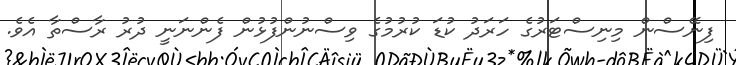
ފިނޭސްން މިނިސްޓަރުގެ ހަރަދު ކުޑަ ކުރުމުގެ ވިސްނުންފުޅުން ފެންނަނީ ދުރު ރާސްތާ އެވެ.